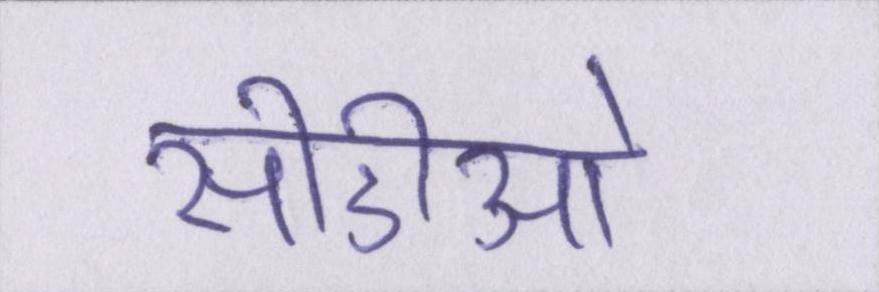
सीडीओ